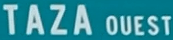
TAZA OUEST